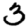
Digit: 3